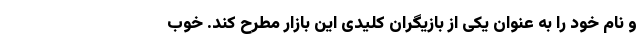
و نام خود را به عنوان یکی از بازیگران کلیدی این بازار مطرح کند. خوب